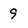
Character: 9